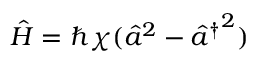
\hat { H } = \hbar \chi ( \hat { a } ^ { 2 } - { { } \hat { a } ^ { \dagger } } ^ { 2 } )